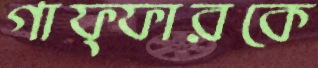
গাফ্ফারকে